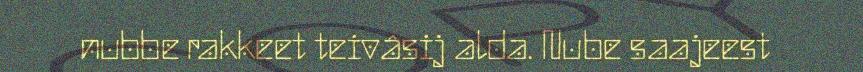
nubbe rakkeet teivâsij alda. Nube saajeest